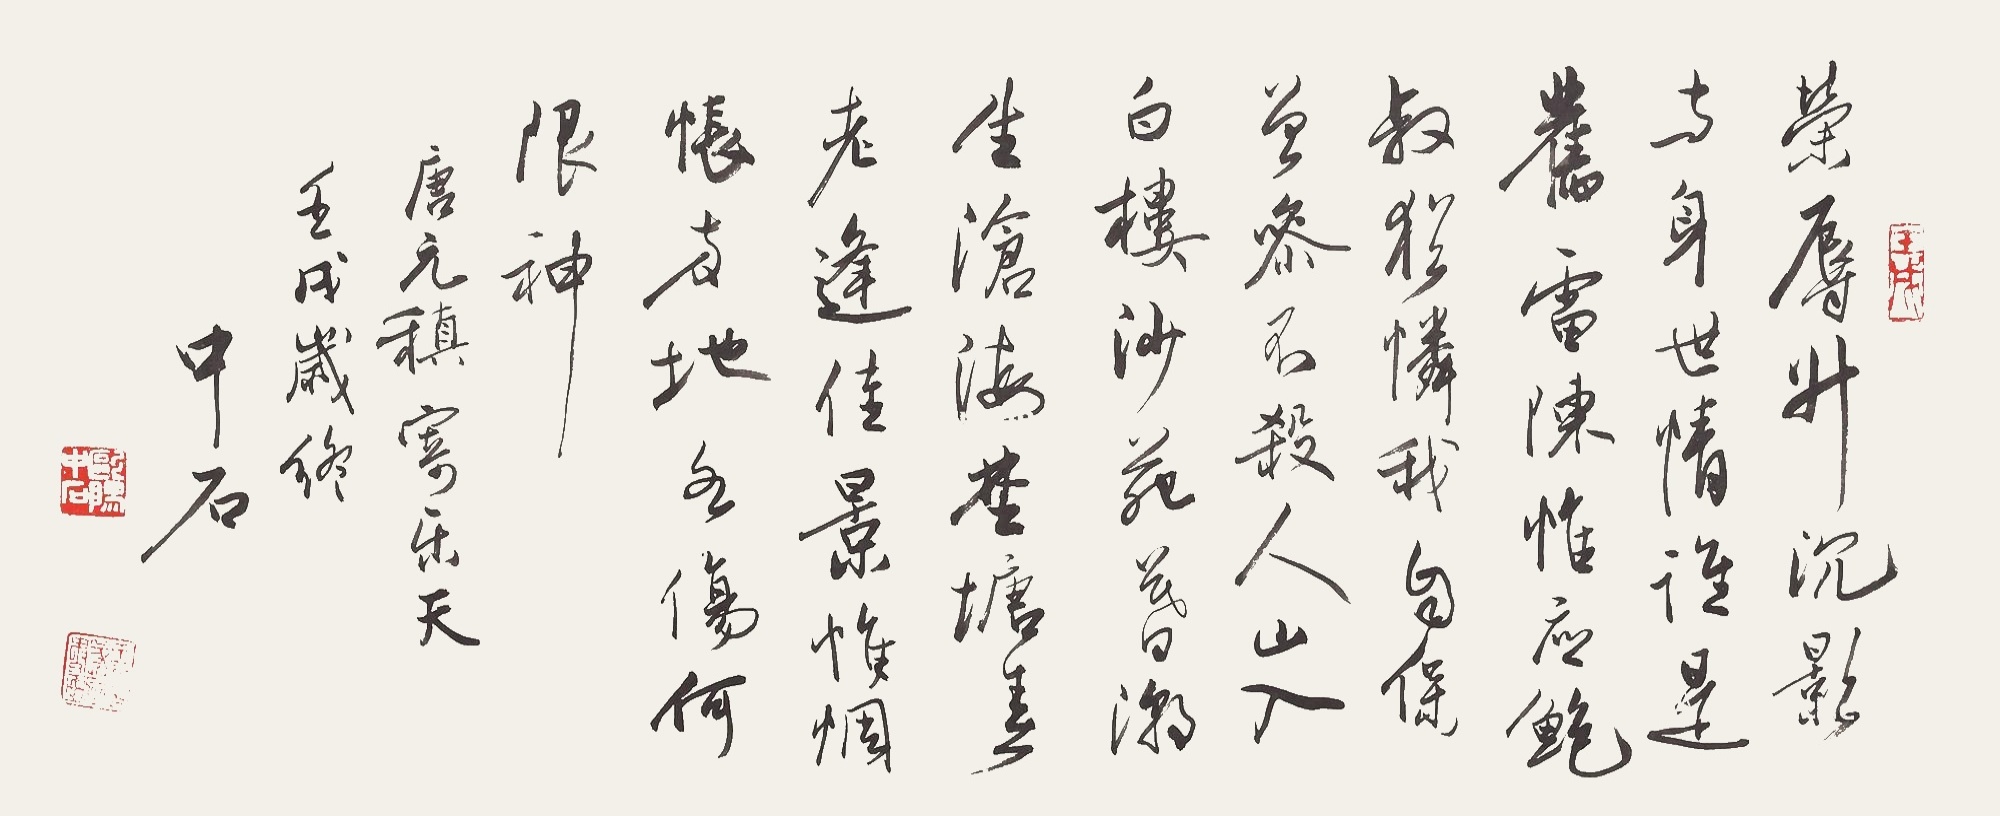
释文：荣辱升沉影与身，世情谁是旧雷陈。惟应鲍叔犹怜我，自保曾参不杀人。山入白楼沙苑暮，潮生沧海野塘春。老逢佳景惟惆怅，两地各伤何限神。唐元稹《寄乐天》，壬戌岁终，中石。